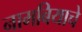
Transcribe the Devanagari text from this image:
नामबियाचे